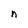
Character: n